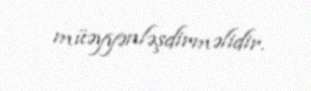
müəyyənləşdirməlidir.